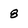
Character: 8